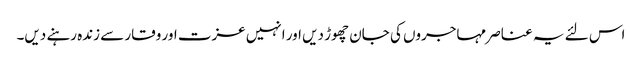
اس لئے یہ عناصر مہاجروں کی جان چھوڑ دیں اور انہیں عزت اور وقار سے زندہ رہنے دیں۔